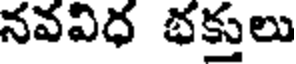
నవవిధ భక్తులు